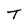
Character: T